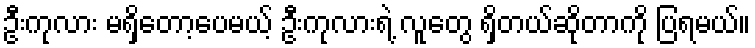
ဦးကုလား မရှိတော့ပေမယ့် ဦးကုလားရဲ့ လူတွေ ရှိတယ်ဆိုတာကို ပြရမယ်။